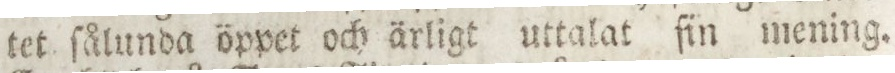
tet ſålunda öppet och ärligt uttalat ſin mening.